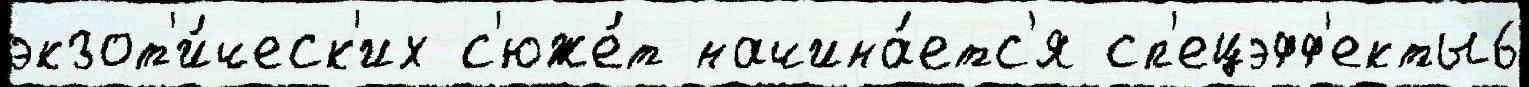
экзот'и́ческ'их с'юже́т начина́етс'я сп'ецэфф'екты6